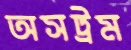
অসট্রম